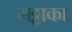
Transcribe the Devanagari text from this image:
मट्टाका